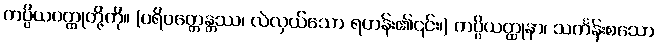
ကပ္ပိယဝတ္ထုတို့ကို။ (ပရိဝတ္တေန္တဿ၊ လဲလှယ်သော ရဟန်း၏၎င်း၊) ကပ္ပိယတ္ထုနာ၊ သင်္ကန်းစသော